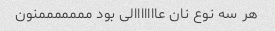
هر سه نوع نان عااااااالی بود مممممممنون